Sanitation, dispensaries and jails vaccination Rajputana 1922-1927 - 1922-1927
Year: 1922
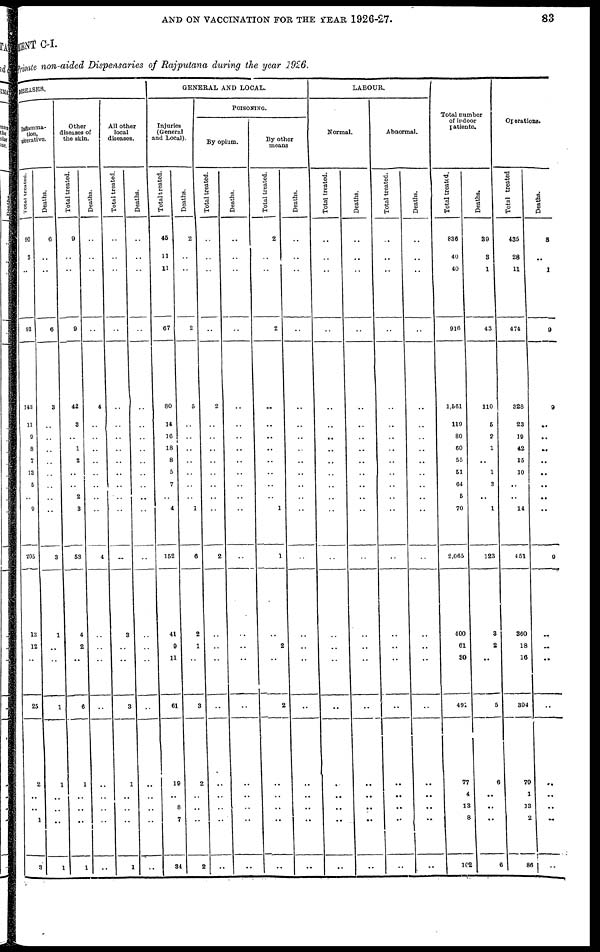
AND ON VACCINATION FOR THE YEAR 1926-27.
83
MENT C-I.
Private non-aided Dispensaries of Rajputana during the year 1926.
DISEASES.
Inflamma-
tion,
ulcerative.
Total treated.
90
3
..
93
143
11
9
8
7
13
5
..
9
205
13
12
..
25
2
..
..
1
3
Deaths.
6
..
..
6
3
..
..
..
..
..
..
..
..
3
1
..
..
1
1
..
..
..
1
Other
diseases of
the skin.
Total treated.
9
..
..
9
42
3
..
1
2
..
..
2
3
53
4
2
..
8
1
..
..
..
1
Deaths.
..
..
..
..
4
..
..
..
..
..
..
..
..
4
..
..
..
..
..
..
..
..
..
All other
local
diseases.
Total treated.
..
..
..
..
..
..
..
..
..
..
..
..
..
..
3
..
..
3
1
..
..
..
1
Deaths.
..
..
..
..
..
..
..
..
..
..
..
..
..
..
..
..
..
..
..
..
..
..
..
GENERAL AND LOCAL.
Injuries
(General
and Local).
Total treated.
45
11
11
67
80
14
16
18
8
5
7
..
4
152
41
9
11
61
19
..
8
7
34
Deaths.
2
..
..
2
5
..
..
..
..
..
..
..
1
6
2
1
..
3
2
..
..
..
2
POISONING.
By opium.
Total treated.
..
..
..
..
2
..
..
..
..
..
..
..
..
2
..
..
..
..
..
..
..
..
..
Deaths.
..
..
..
..
..
..
..
..
..
..
..
..
..
..
..
..
..
..
..
..
..
..
..
By other
means
Total treated.
2
..
..
2
..
..
..
..
..
..
..
..
1
1
..
2
..
2
..
..
..
..
..
Deaths.
..
..
..
..
..
..
..
..
..
..
..
..
..
..
..
..
..
..
..
..
..
..
..
LABOUR.
Normal.
Total treated.
..
..
..
..
..
..
..
..
..
..
..
..
..
..
..
..
..
..
..
..
..
..
..
Deaths.
..
..
..
..
..
..
..
..
..
..
..
..
..
..
..
..
..
..
..
..
..
..
..
Abnormal.
Total treated.
..
..
..
..
..
..
..
..
..
..
..
..
..
..
..
..
..
..
..
..
..
..
..
Deaths.
..
..
..
..
..
..
..
..
..
..
..
..
..
..
..
..
..
..
..
..
..
..
..
Total number
of indoor
patients.
Total treated.
836
40
40
916
1,561
119
80
60
55
51
64
5
70
2,065
400
61
30
491
77
4
13
8
102
Deaths.
39
3
1
43
110
5
2
1
..
1
3
..
1
123
3
2
..
5
6
..
..
..
6
Operations.
Total treated
435
28
11
474
328
23
19
42
15
10
..
..
14
4 51
360
18
16
394
70
1
13
2
86
Deaths.
8
..
1
9
9
..
..
..
..
..
..
..
..
9
..
..
..
..
..
..
..
..
..